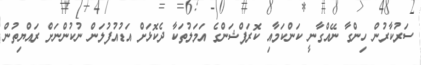
ސަރުކާރުން ހިންގާ ނޭއްގާނީ ކަންކަމާއި ކޮރަޕްޝަންގެ އަމަލުތަކާ ދެކޮޅަށް އަޑުއުފުލަން ނުކުންނަށް ރައްޔިތުން